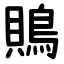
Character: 鵙